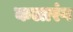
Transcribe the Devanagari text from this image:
कलारंग